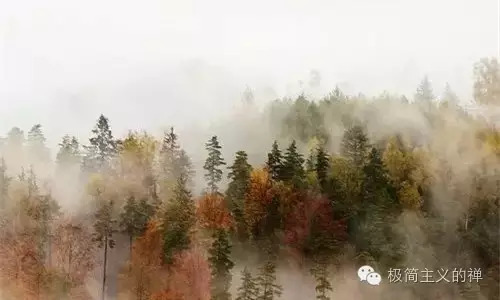
我爱山中夏，空冥花雨下。